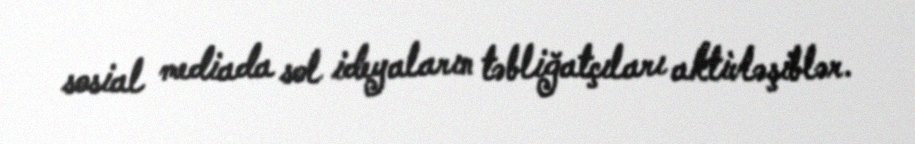
sosial mediada sol ideyaların təbliğatçıları aktivləşiblər.